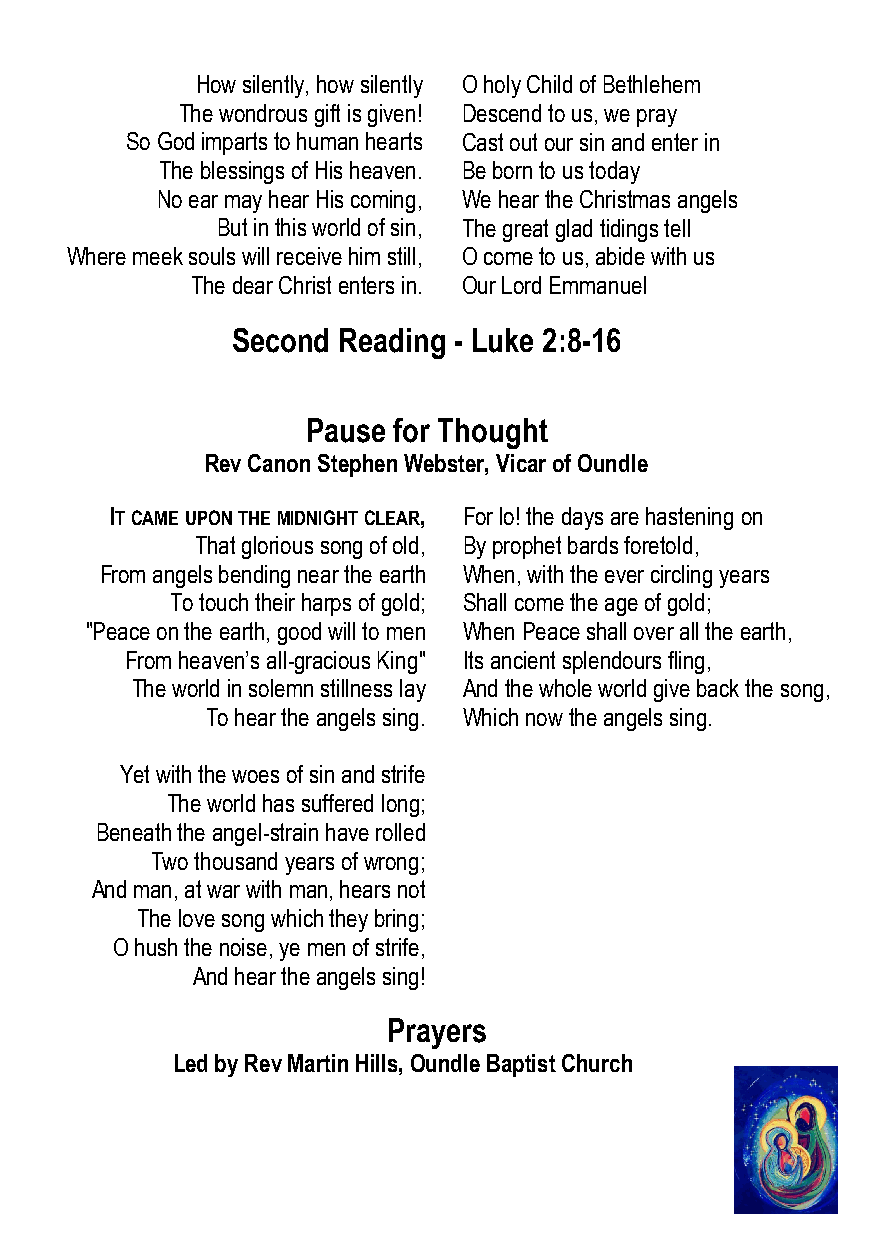
How silently, how silently O holy Child of Bethlehem
 The wondrous gift is given! Descend to us, we pray
 So God imparts to human hearts Cast out our sin and enter in
 The blessings of His heaven. Be born to us today
 No ear may hear His coming, We hear the Christmas angels
 But in this world of sin, The great glad tidings tell
 Where meek souls will receive him still, O come to us, abide with us
 The dear Christ enters in. Our Lord Emmanuel
 Second Reading - Luke 2:8-16
 Pause for Thought
 Rev Canon Stephen Webster, Vicar of Oundle
 IT CAME UPON THE MIDNIGHT CLEAR, For lo! the days are hastening on
 That glorious song of old, By prophet bards foretold,
 From angels bending near the earth When, with the ever circling years
 To touch their harps of gold; Shall come the age of gold;
 "Peace on the earth, good will to men When Peace shall over all the earth,
 From heaven’s all-gracious King" Its ancient splendours fling,
 The world in solemn stillness lay And the whole world give back the song,
 To hear the angels sing. Which now the angels sing.
 Yet with the woes of sin and strife
 The world has suffered long;
 Beneath the angel-strain have rolled
 Two thousand years of wrong;
 And man, at war with man, hears not
 The love song which they bring;
 O hush the noise, ye men of strife,
 And hear the angels sing!
 Prayers
 Led by Rev Martin Hills, Oundle Baptist Church